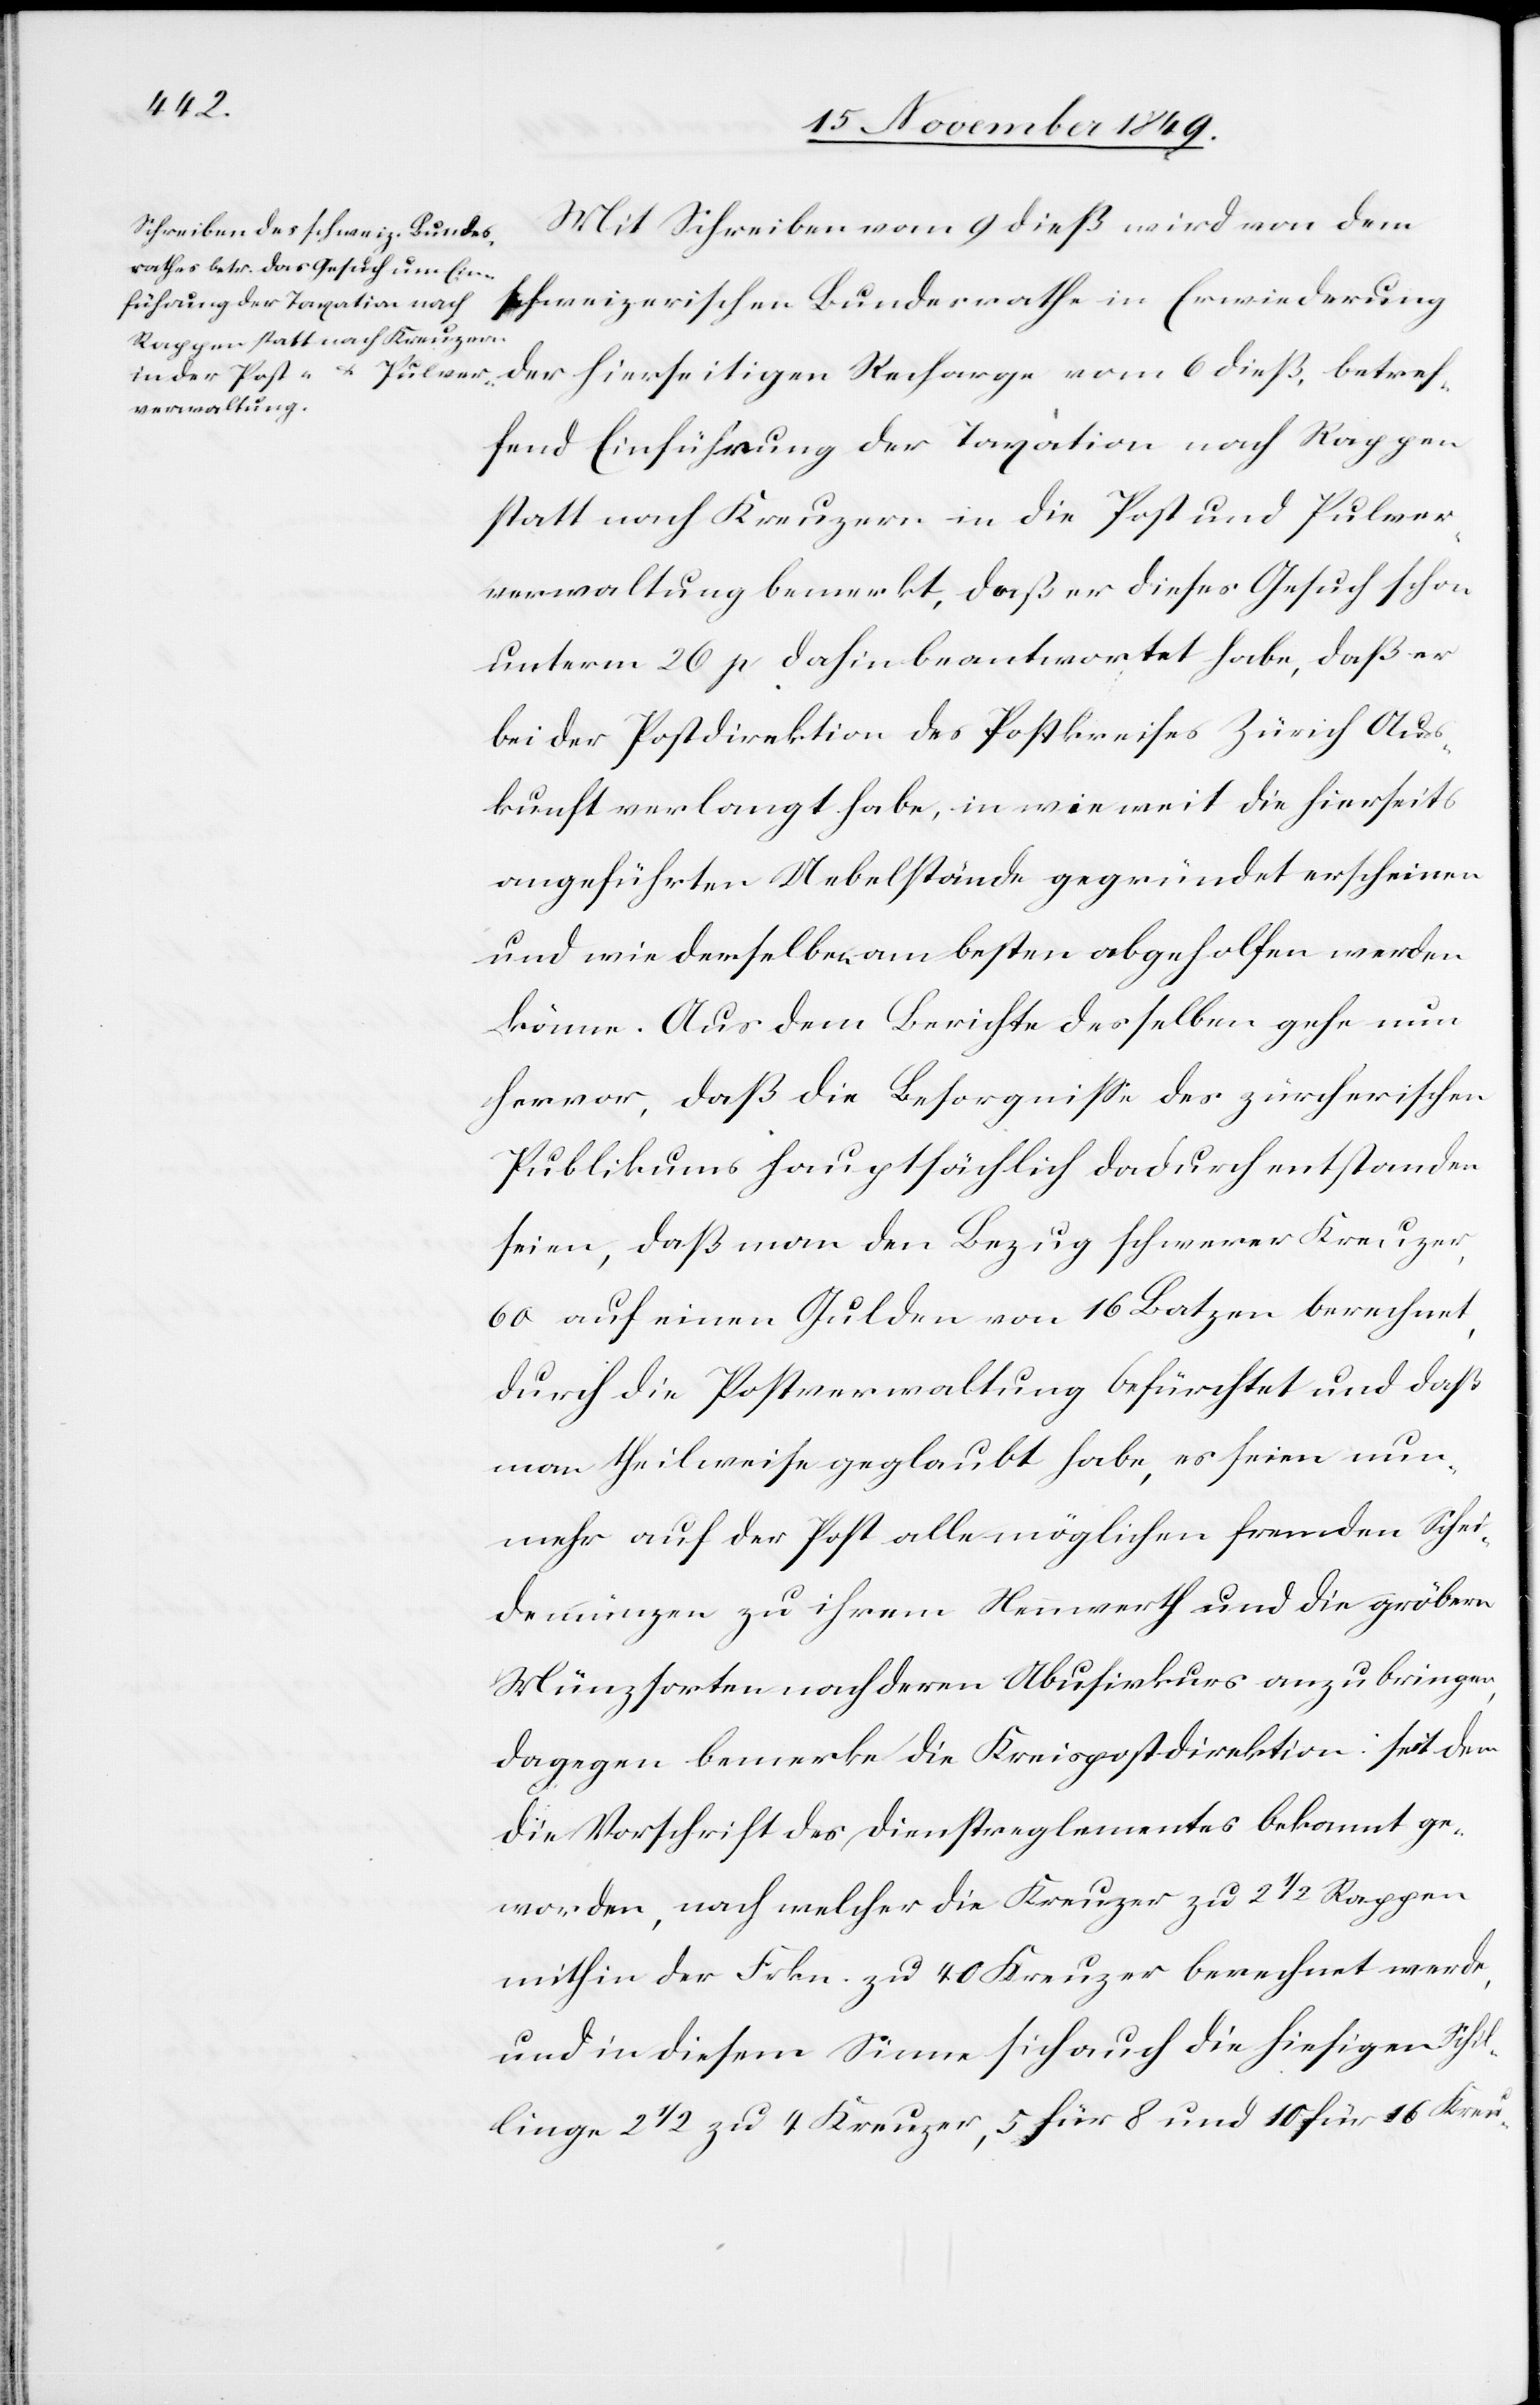
betr¬
Mit Schreiben vom 9 dieß wird von dem
effend Einführung der Taxation nach Rappen
statt nach Kreuzern in die Post und Pulver¬
verwaltung bemerkt, daß er dieses Gesuch schon
unterm 26 p. dahin beantwortet habe, daß er
bei der Postdirektion des Postkreises Zürich Aus¬
kunft verlangt habe, in wie weit die hierseits
angeführten Uebelstände gegründet erscheinen
und wie derselben [sic!] am besten abgeholfen werden
könne. Aus dem Berichte desselben gehe nun
hervor, daß die Besorgniße des zürcherischen
Publikums hauptsächlich dadurch entstanden
seien, daß man den Bezug schwerer Kreuzer,
60 auf einen Gulden von 16 Batzen berechnet,
durch die Postverwaltung befürchtet und daß
man theilweise geglaubt habe, es seien nun¬
mehr auf der Post alle möglichen fremden Schei¬
demünzen zu ihrem Neuwerth und die gröbern
Münzsorten nach deren Abusivkurs anzubringen,
dagegen bemerke die Kreisdirektion: seit dem
die Vorschrift des Dienstreglementes bekannt ge¬
worden, nach welcher die Kreuzer zu 2 1/2 Rappen
mithin der Frkn. zu 40 Kreuzer berechnet werde,
un in diesem Sinne sich auch die hiesigen Schil¬
linge 2 ½ zu 4 Kreuzer, 5 für 8 und 10 für 16 Kreu-